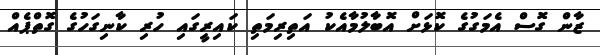
ޒާން ގޮސް އެމަގުގެ ކޮޅަށް އޮބާލުމާއެކު އަތިރިމަތި ކައިރީގައި ހުރި ކާނިގަހުގެ ގޮތްޕެއް